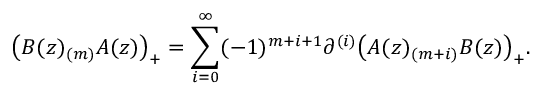
\bigl ( B ( z ) _ { ( m ) } A ( z ) \bigr ) _ { + } = \sum _ { i = 0 } ^ { \infty } ( - 1 ) ^ { m + i + 1 } \partial ^ { ( i ) } \bigl ( A ( z ) _ { ( m + i ) } B ( z ) \bigr ) _ { + } .